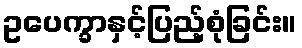
ဥပေက္ခာနှင့်ပြည့်စုံခြင်း။